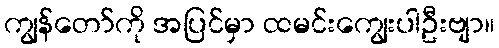
ကျွန်တော်ကို အပြင်မှာ ထမင်းကျွေးပါဦးဗျာ။